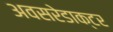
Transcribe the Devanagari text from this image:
अवसरेडाक्टर